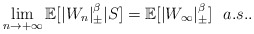
\begin{align*}\lim_{n\rightarrow +\infty}{\mathbb E}[|W_n|_\pm^\beta|S]={\mathbb E}[|W_\infty|_\pm^\beta]\ \ a.s..\end{align*}